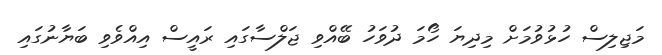
މަޖިލިސް ހުޅުވުމަށް މިދިޔަ ހޯމަ ދުވަހު ބޭއްވި ޖަލްސާގައި ރައީސް އިއްވެވި ބަޔާނުގައި